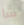
شا